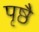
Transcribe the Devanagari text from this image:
पृष्ठै